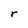
Character: r